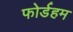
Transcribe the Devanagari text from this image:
फोर्डहम